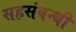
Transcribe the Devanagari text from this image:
सहसंबन्धी